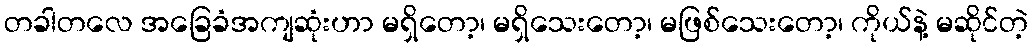
တခါတလေ အခြေခံအကျဆုံးဟာ မရှိတော့၊ မရှိသေးတော့၊ မဖြစ်သေးတော့၊ ကိုယ်နဲ့ မဆိုင်တဲ့